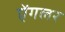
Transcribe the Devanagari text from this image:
ऐंगलर